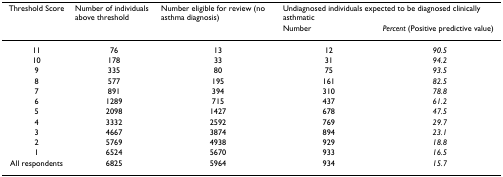
| Threshold Score | Number of individuals above threshold | Number eligible for review (no asthma diagnosis) | <COLSPAN=2> Undiagnosed individuals expected to be diagnosed clinically asthmatic |
 |  |  |  | Number | Percent (Positive predictive value) |
 | --- | --- | --- | --- | --- |
 | 11 | 76 | 13 | 12 | 90.5 |
 | 10 | 178 | 33 | 31 | 94.2 |
 | 9 | 335 | 80 | 75 | 93.5 |
 | 8 | 577 | 195 | 161 | 82.5 |
 | 7 | 891 | 394 | 310 | 78.8 |
 | 6 | 1289 | 715 | 437 | 61.2 |
 | 5 | 2098 | 1427 | 678 | 47.5 |
 | 4 | 3332 | 2592 | 769 | 29.7 |
 | 3 | 4667 | 3874 | 894 | 23.1 |
 | 2 | 5769 | 4938 | 929 | 18.8 |
 | 1 | 6524 | 5670 | 933 | 16.5 |
 | All respondents | 6825 | 5964 | 934 | 15.7 |